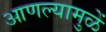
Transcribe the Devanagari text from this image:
आणल्यामुळें